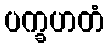
ပက္ခဟတံ